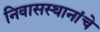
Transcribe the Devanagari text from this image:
निवासस्थानांचे